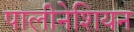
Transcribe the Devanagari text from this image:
पालीनेशियन